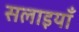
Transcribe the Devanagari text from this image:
सलाइयाँ